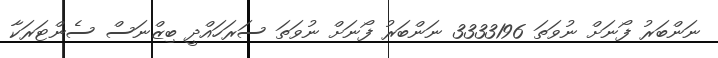
ނަންބަރު ފޯނަށް ނުވަތަ 3333196 ނަންބަރު ފޯނަށް ނުވަތަ ސަރަހައްދީ ބިޒްނަސް ސެންޓަރަކާ